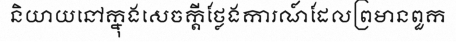
និយាយនៅក្នុងសេចក្តីថ្លែងការណ៍ដែលព្រមានពួក